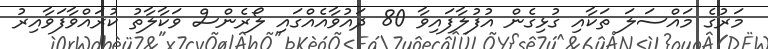
މަރުގެ މައްސަލަ ތަކާއި ގުޅިގެން އުފުލާފައިވާ 80 ދައުވާއެއްގައި ލޯރެންސް ވަކާލާތު ކުރައްވާފަވާއިރު